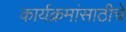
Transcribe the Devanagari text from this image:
कार्यक्रमांसाठीचे